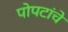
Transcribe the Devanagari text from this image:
पोपटांचे